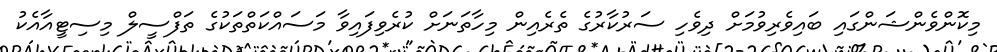
މިކޮންވެންޝަންގައި ބައިވެރިވުމަށް ދިވެހި ސަރުކާރުގެ ތެރެއިން މިހާތަނަށް ކުރެވިފައިވާ މަސައްކަތްތަކުގެ ތަފްސީލް މިސިޓީއާއެކު